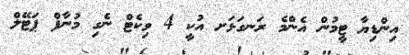
އިންޑިޔާ ޓީމުން އެންމެ ރަނގަޅަށ އުކީ 4 ވިކެޓް ނެގި މުނާފް ޕަޓޭލް